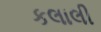
કલાલી